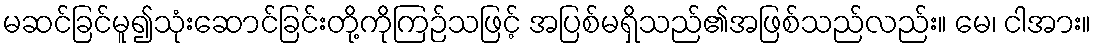
မဆင်ခြင်မူ၍သုံးဆောင်ခြင်းတို့ကိုကြဉ်သဖြင့် အပြစ်မရှိသည်၏အဖြစ်သည်လည်း။ မေ၊ ငါအား။